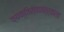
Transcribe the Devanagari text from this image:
व्यक्तिस्वातंत्र्याला